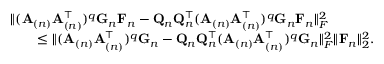
\begin{array} { r l } & { \| ( \mathbf { A } _ { ( n ) } \mathbf { A } _ { ( n ) } ^ { \top } ) ^ { q } \mathbf { G } _ { n } \mathbf { F } _ { n } - \mathbf { Q } _ { n } \mathbf { Q } _ { n } ^ { \top } ( \mathbf { A } _ { ( n ) } \mathbf { A } _ { ( n ) } ^ { \top } ) ^ { q } \mathbf { G } _ { n } \mathbf { F } _ { n } \| _ { F } ^ { 2 } } \\ & { \quad \quad \leq \| ( \mathbf { A } _ { ( n ) } \mathbf { A } _ { ( n ) } ^ { \top } ) ^ { q } \mathbf { G } _ { n } - \mathbf { Q } _ { n } \mathbf { Q } _ { n } ^ { \top } ( \mathbf { A } _ { ( n ) } \mathbf { A } _ { ( n ) } ^ { \top } ) ^ { q } \mathbf { G } _ { n } \| _ { F } ^ { 2 } \| \mathbf { F } _ { n } \| _ { 2 } ^ { 2 } . } \end{array}